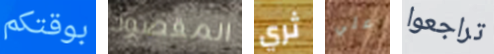
بوقتكم المقصود ثري علي تراجعوا